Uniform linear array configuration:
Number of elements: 4
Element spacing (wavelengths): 0.75
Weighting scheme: hamming
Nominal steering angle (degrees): -15
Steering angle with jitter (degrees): -16.91
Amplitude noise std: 0.05
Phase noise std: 0.05

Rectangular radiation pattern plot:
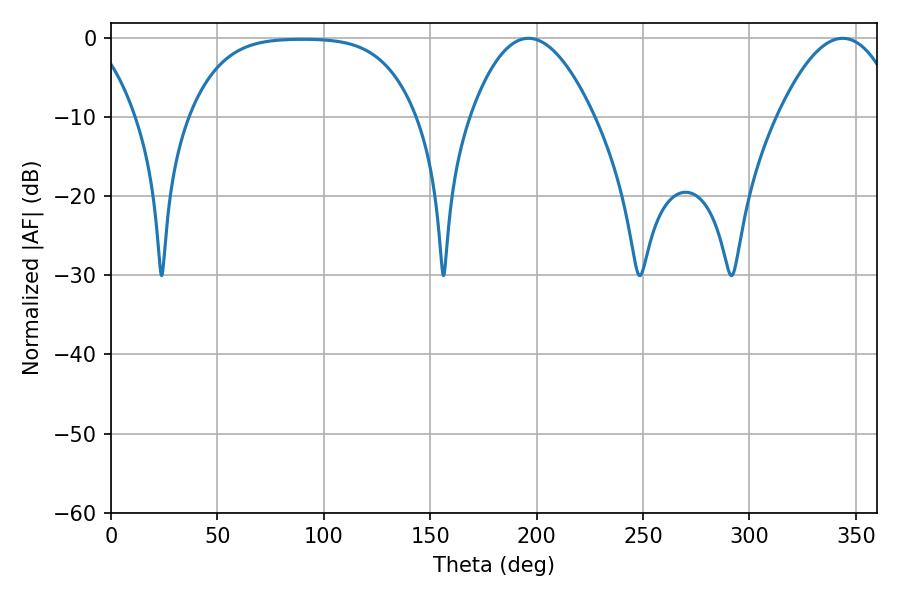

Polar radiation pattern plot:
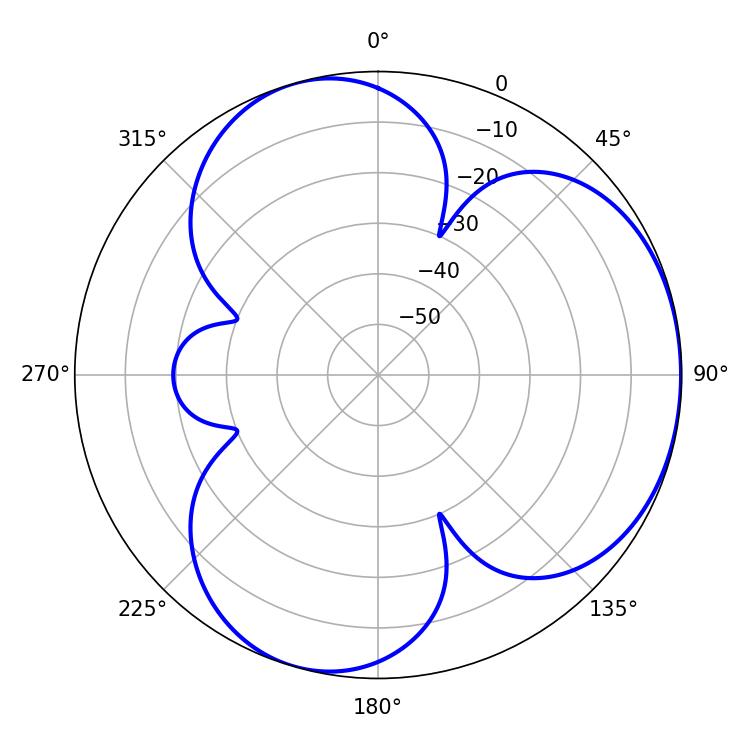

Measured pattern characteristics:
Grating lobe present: TRUE
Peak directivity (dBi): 3.967
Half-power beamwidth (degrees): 31.86
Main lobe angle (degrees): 196.2